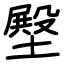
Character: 壂